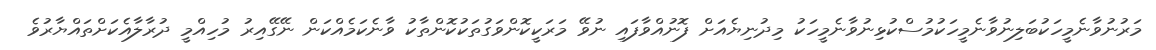
މަރުނުވާނެމީހަކުބަލިނުވާނެމީހަކުމުސްކުޅިނުވާނެމީހަކު މިދުނިޔެއަށް ފޮނުއްވާފައި ނުވޭ މަރަކީކޮންވަގުތަކުކޮންތާކު ވާނެކަމެއްކަން ނޭގޭއިރު މުހިއްމީ ދުރާލާއެކަށްތައްޔާރުވެ